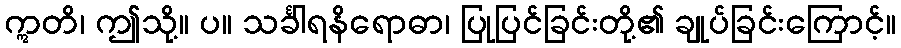
ဣတိ၊ ဤသို့။ ပ။ သင်္ခါရနိရောဓာ၊ ပြုပြင်ခြင်းတို့၏ ချုပ်ခြင်းကြောင့်။